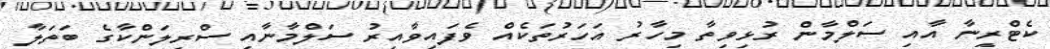
ކެޓްރީނާ އާއި ސަލްމާން ރުޅިވިތާ މިހާރު އަހަރުތަކެއް ވެފައިވާއިރު ސަލްމާނާއި ސްރީލަންކާގެ ބަތަލާ